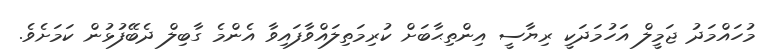
މުހައްމަދު ޖަމީލް އަހުމަދަކީ ރިޔާސީ އިންތިޙާބަށް ކުރިމަތިލައްވާފައިވާ އެންމެ ގާބިލް ދެބޭފުޅުން ކަމަށެވެ.